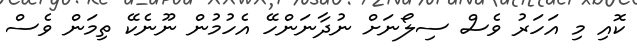
ކޮއި މި އަހަރު ވެސް ސިލޯނަށް ނުދާނަންހޭ އެހުމުން ނޫނެކޭ ތިމަން ވެސް